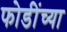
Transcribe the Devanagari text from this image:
फोडींच्या